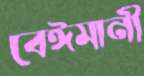
বেঈমানী